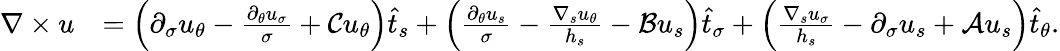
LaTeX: \begin{array}{rl}{\nabla\times u}&{=\left(\partial_{\sigma}u_{\theta}-\frac{\partial_{\theta}u_{\sigma}}{\sigma}+\mathcal{C}{u_{\theta}}\right)\widehat{t}_{s}+\left(\frac{\partial_{\theta}u_{s}}{\sigma}-\frac{\nabla_{s}u_{\theta}}{h_{s}}-\mathcal{B}u_{s}\right)\widehat{t}_{\sigma}+\left(\frac{\nabla_{s}u_{\sigma}}{h_{s}}-\partial_{\sigma}u_{s}+\mathcal{A}u_{s}\right)\widehat{t}_{\theta}.}\end{array}